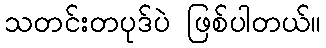
သတင်းတပုဒ်ပဲ ဖြစ်ပါတယ်။